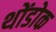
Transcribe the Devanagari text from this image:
थोंडोक